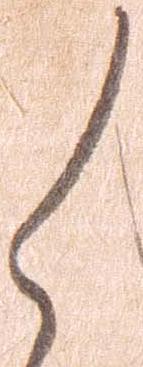
く